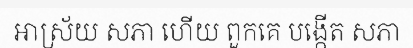
អាស្រ័យ សភា ហើយ ពួកគេ បង្កើត សភា